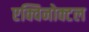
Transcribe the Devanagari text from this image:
एक्विनोक्टल